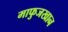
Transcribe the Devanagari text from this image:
माफुजखान